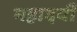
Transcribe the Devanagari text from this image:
महादयी